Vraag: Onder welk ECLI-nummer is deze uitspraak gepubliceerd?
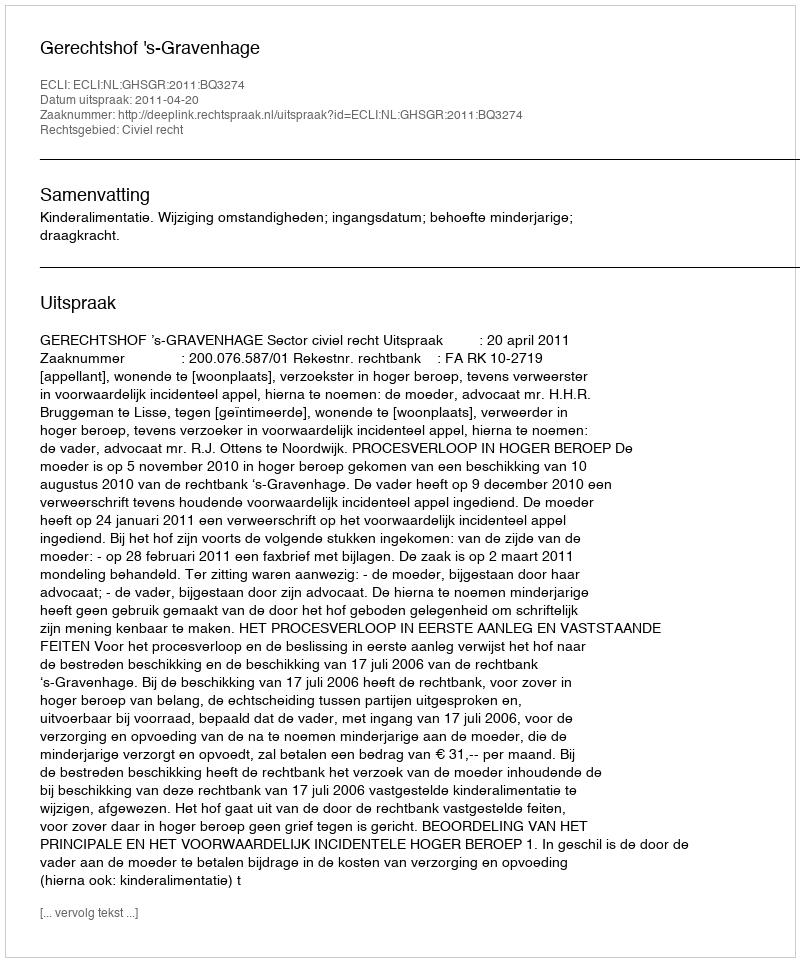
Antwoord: ECLI:NL:GHSGR:2011:BQ3274